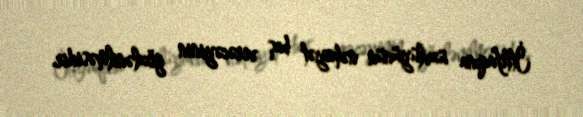
İttifaqına üzvlüyünün nəhayət baş verəcəyinin gözlənilməsidir.